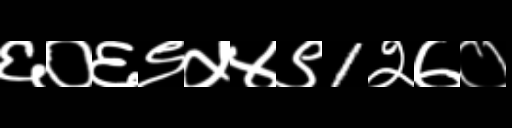
Text: ६०६९५४९1२७०